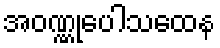
အဝဏ္ဏုပေါသထေန